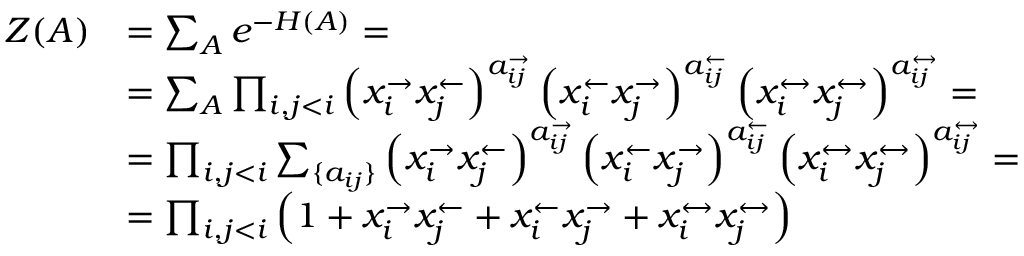
\begin{array} { r l } { Z ( A ) } & { = \sum _ { A } e ^ { - H ( A ) } = } \\ & { = \sum _ { A } \prod _ { i , j < i } \left( x _ { i } ^ { \rightarrow } x _ { j } ^ { \leftarrow } \right) ^ { a _ { i j } ^ { \rightarrow } } \left( x _ { i } ^ { \leftarrow } x _ { j } ^ { \rightarrow } \right) ^ { a _ { i j } ^ { \leftarrow } } \left( x _ { i } ^ { \leftrightarrow } x _ { j } ^ { \leftrightarrow } \right) ^ { a _ { i j } ^ { \leftrightarrow } } = } \\ & { = \prod _ { i , j < i } \sum _ { \{ a _ { i j } \} } \left( x _ { i } ^ { \rightarrow } x _ { j } ^ { \leftarrow } \right) ^ { a _ { i j } ^ { \rightarrow } } \left( x _ { i } ^ { \leftarrow } x _ { j } ^ { \rightarrow } \right) ^ { a _ { i j } ^ { \leftarrow } } \left( x _ { i } ^ { \leftrightarrow } x _ { j } ^ { \leftrightarrow } \right) ^ { a _ { i j } ^ { \leftrightarrow } } = } \\ & { = \prod _ { i , j < i } \left( 1 + x _ { i } ^ { \rightarrow } x _ { j } ^ { \leftarrow } + x _ { i } ^ { \leftarrow } x _ { j } ^ { \rightarrow } + x _ { i } ^ { \leftrightarrow } x _ { j } ^ { \leftrightarrow } \right) } \end{array}